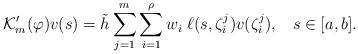
LaTeX: \begin{align*}\mathcal {K}_m' (\varphi) v (s) = \tilde {h} \sum_{j=1}^m \sum_{i=1}^\rho w_i \; \ell (s, \zeta_i^j) v (\zeta_i^j), \;\;\; s \in [a, b].\end{align*}